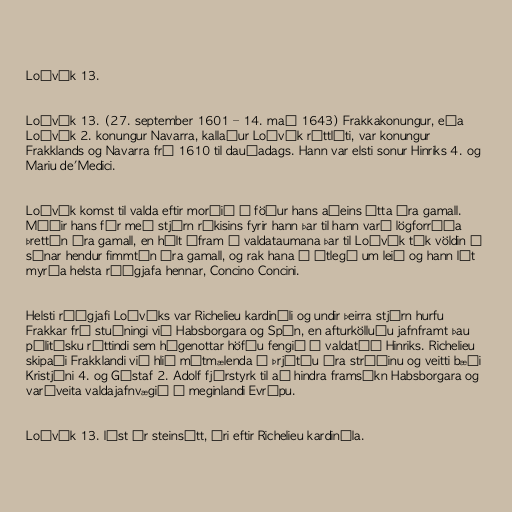
Loðvík 13.

Loðvík 13. (27. september 1601 – 14. maí 1643) Frakkakonungur, eða
Loðvík 2. konungur Navarra, kallaður Loðvík réttláti, var konungur
Frakklands og Navarra frá 1610 til dauðadags. Hann var elsti sonur Hinriks 4. og
Mariu de'Medici.

Loðvík komst til valda eftir morðið á föður hans aðeins átta ára gamall.
Móðir hans fór með stjórn ríkisins fyrir hann þar til hann varð lögforráða
þrettán ára gamall, en hélt áfram í valdataumana þar til Loðvík tók völdin í
sínar hendur fimmtán ára gamall, og rak hana í útlegð um leið og hann lét
myrða helsta ráðgjafa hennar, Concino Concini.

Helsti ráðgjafi Loðvíks var Richelieu kardináli og undir þeirra stjórn hurfu
Frakkar frá stuðningi við Habsborgara og Spán, en afturkölluðu jafnframt þau
pólitísku réttindi sem húgenottar höfðu fengið í valdatíð Hinriks. Richelieu
skipaði Frakklandi við hlið mótmælenda í Þrjátíu ára stríðinu og veitti bæði
Kristjáni 4. og Gústaf 2. Adolf fjárstyrk til að hindra framsókn Habsborgara og
varðveita valdajafnvægið á meginlandi Evrópu.

Loðvík 13. lést úr steinsótt, ári eftir Richelieu kardinála.